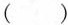
（ ）